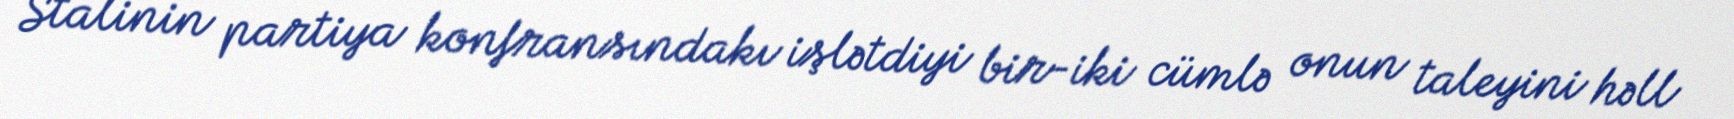
Stalinin partiya konfransındakı işlətdiyi bir-iki cümlə onun taleyini həll